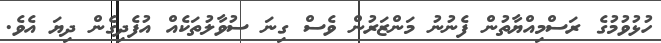
ހުޅުވުމުގެ ރަސްމިއްޔާތުން ފެނުނު މަންޒަރުން ވެސް ގިނަ ސުވާލުތަކެއް އުފެދިގެން ދިޔަ އެވެ.